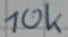
Text: 10k